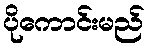
ပိုကောင်းမည်